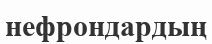
нефрондардың